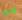
هو